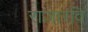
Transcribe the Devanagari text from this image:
राजारवि